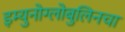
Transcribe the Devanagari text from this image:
इम्युनोग्लोबुलिनचा